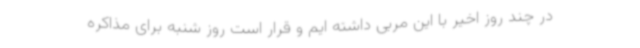
در چند روز اخیر با این مربی داشته ایم و قرار است روز شنبه برای مذاکره